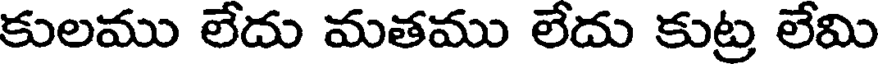
కులము లేదు మతము లేదు కుట్ర లేమి